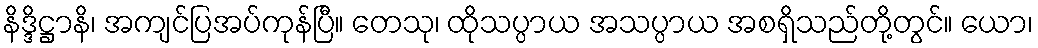
နိဒ္ဒိဋ္ဌာနိ၊ အကျင်ပြအပ်ကုန်ပြီ။ တေသု၊ ထိုသပ္ပာယ အသပ္ပာယ အစရှိသည်တို့တွင်။ ယော၊